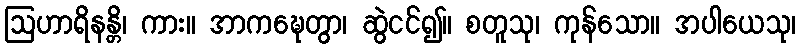
ဩဟာရိနန္တိ၊ ကား။ အာကဍ္ဎေတွာ၊ ဆွဲငင်၍။ စတူသု၊ ကုန်သော။ အပါယေသု၊